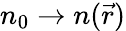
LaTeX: n_{0}\to n(\vec{r})